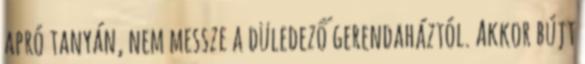
apró tanyán, nem messze a düledező gerendaháztól. Akkor bújt